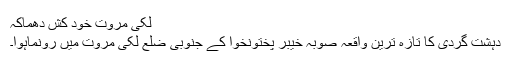
لکی مروت خود کُش دھماکہ
دہشت گردی کا تازہ ترین واقعہ صوبہ خیبر پختونخوا کے جنوبی ضلع لکی مروت میں رونماہوا۔